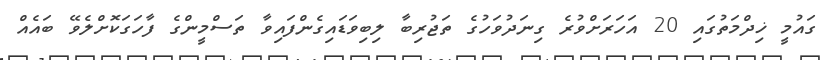
ގައުމީ ޚިދްމަތުގައި 20 އަހަރަށްވުރެ ގިނަދުވަހުގެ ތަޖުރިބާ ލިބިވަޑައިގެންފައިވާ ތަސްމީންގެ ފާހަގަކޮށްލެވޭ ބައެއް